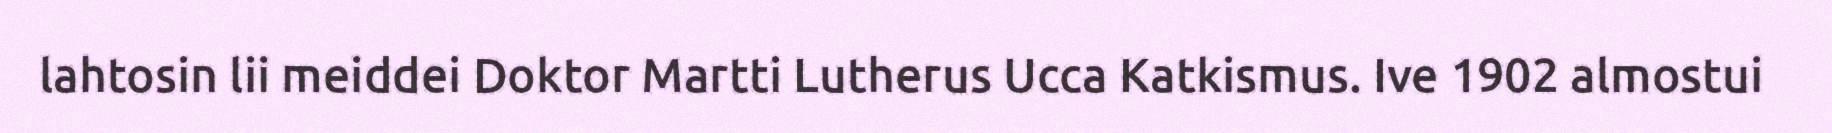
lahtosin lii meiddei Doktor Martti Lutherus Ucca Katkismus. Ive 1902 almostui